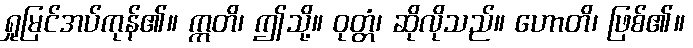
ရှုမြင်အပ်ကုန်၏။ ဣတိ၊ ဤသို့။ ဝုတ္တံ၊ ဆိုလိုသည်။ ဟောတိ၊ ဖြစ်၏။